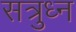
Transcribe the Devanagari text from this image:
सत्रुध्न